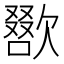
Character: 𣤌